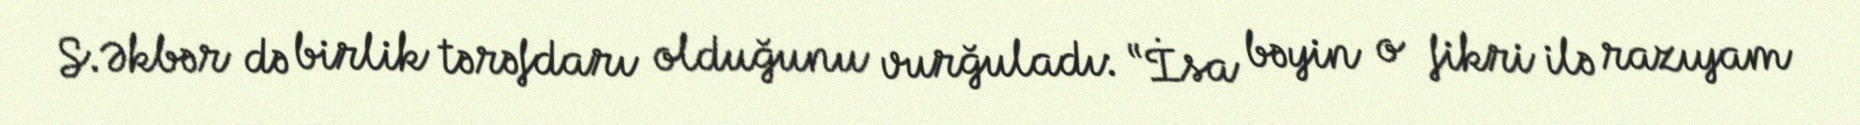
S.Əkbər də birlik tərəfdarı olduğunu vurğuladı: “İsa bəyin o fikri ilə razıyam